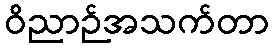
ဝိညာဉ်အသက်တာ